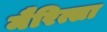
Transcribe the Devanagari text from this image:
मैरित्सा